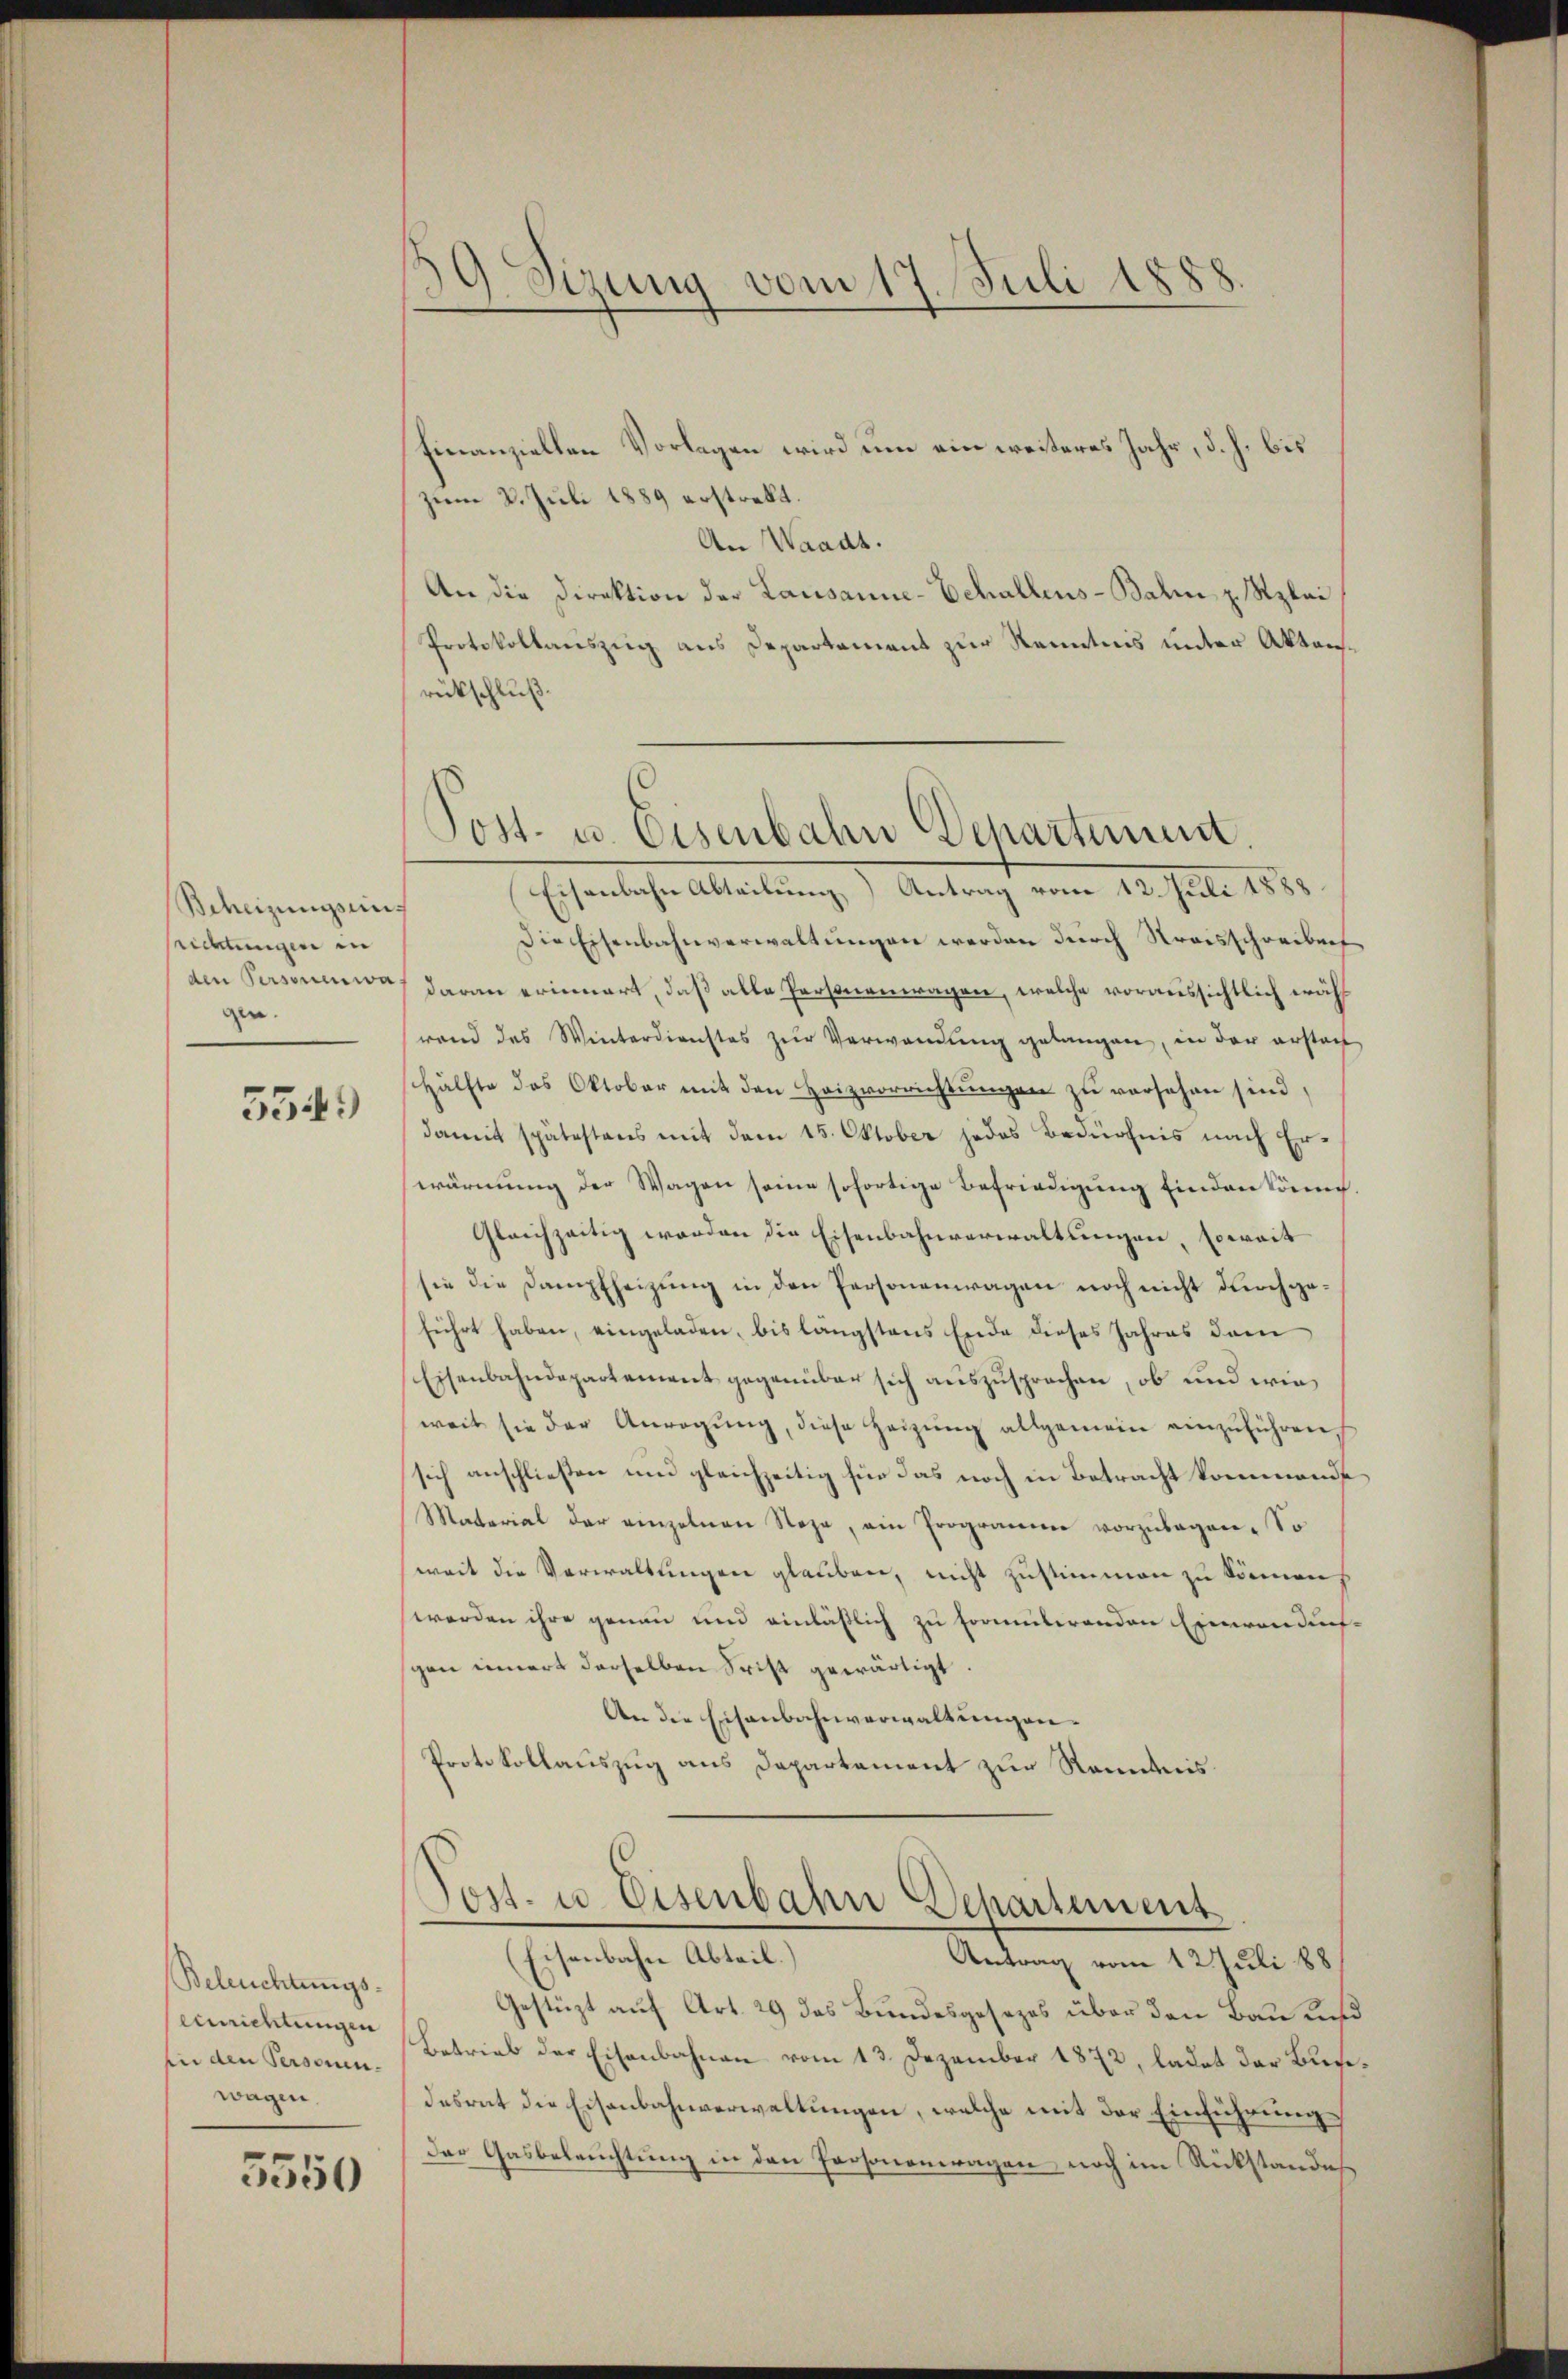
Beheizungsein
srichtungen in
den Personenwa
gen.

5549

Beleuchtungs-
einrichtungen
fer den Personen.
wagen.

5550

¬
Sizung vom 17. Juli 1888
.

Finanziellen Vorlagen wird um ein weiteres Jahr, d. h. bis
ziem 8. Juli 1889 erstrebt.
An Waadt.
An die Direktion der Lausanne-Echallens-Balm z. Rzlai
Protokollauszug aus Departement zur Kenntnis unter Aktenrückschluß.
Eisenbahn Abteilung) Antrag vom 12. Juli 1888
Die Eisenbahnverwaltungen werden durch Streisschreibens
daran erinnert, daß alle Personenwagen, welche voraussichtlich wäh
rand des Winterdienstes zŭr Verwandŭng gelangen, in der erstan
Hälfte das Oktober mit den Heizvorrichtungen zu versehen sind,
damit spätestens mit dem 15. Oktober jedes Bedürfnis nach Erwärmung der Wagen seine sofortige Befriedigung finden könn
Gleichzeitig werden die Eisenbahnverwaltungen, soweit
sie die Dampfheizung in den Personenwagen noch nicht durchgeführt haben, eingeladen, bis längstens Ende dieses Jahres dem
Eisenbahndepartement gegenüber sich auszusprochen, ob und wie
weit sie der Anregŭng, diese Heizŭng allgemein einzuführen.
sich anschließen und gleichzeitig für das noch in Betracht kommende
Material der einzelnen Stege, ein Programme vorzulegen. So
weit die Verwaltungen glauben, nicht zustimmen zu könnens
werden ihre genau und einläßlich zu formitirenden Einwendung
gen innert derselben Frist gewärtigt.
An die Eisenbahnverwaltungen.
Protokollauszug aus Departement zur Renntnis
Post. u. Eisenbahn Departement
(Eisenbahn Abteil.)
Antrag vom 12 Juli 188
Gestüzt auf Art. 29 das Bundesgesezes über den Bau und
Betrieb der Eisenbahnen vom 13. Dezember 1872, ladet der Burgedesrat die Eisenbahnverwaltungen, welche mit der Einführung
Der Gasbeleuchtung in den Personenwagen noch im Rückstandes

Post- u. Eisenbahn Departement.